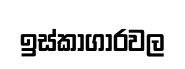
ඉස්කාගාරවල